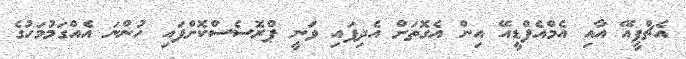
އެޗްޕީއޭ އާއި އެމްއެފްޑީއޭ އިން އެގޮތަށް އެދިފައި ވަނީ ޕްރޮސެސްކޮށްފައި ހުންނަ އެއްގަމުމަހުގެ